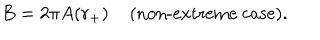
B = 2 \pi A ( r _ { + } ) \; \mathrm { ( n o n - e x t r e m e ~ c a s e ) } .